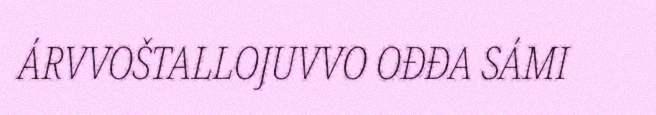
ÁRVVOŠTALLOJUVVO OĐĐA SÁMI